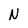
Character: N